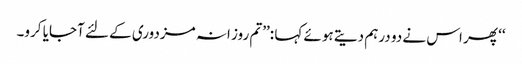
‘‘ پھر اس نے دو درہم دیتے ہوئے کہا :’’تم روز انہ مزدوری کے لئے آجایا کرو۔